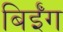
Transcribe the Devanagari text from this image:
बिईँग